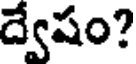
ద్వేషం?